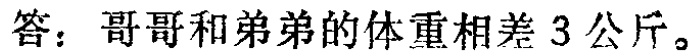
答：哥哥和弟弟的体重相差 3 公斤。